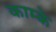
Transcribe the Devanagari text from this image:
काम्के